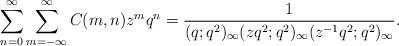
LaTeX: \begin{align*}\sum_{n=0}^{\infty}\sum_{m=-\infty}^{\infty}C(m,n)z^{m}q^{n}=\dfrac{1}{(q;q^{2})_{\infty}(zq^{2};q^{2})_{\infty}(z^{-1}q^{2};q^{2})_{\infty}}.\end{align*}